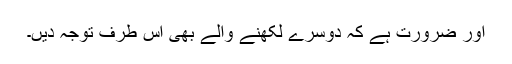
اور ضرورت ہے کہ دوسرے لکھنے والے بھی اس طرف توجہ دیں۔